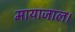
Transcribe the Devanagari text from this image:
मायाजाल।